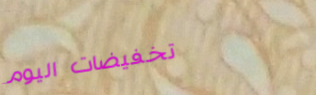
تخفيضات اليوم